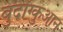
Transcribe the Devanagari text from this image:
बुदोंग्कुआन